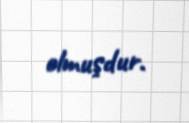
olmuşdur.